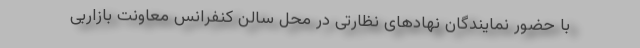
با حضور نمایندگان نهادهای نظارتی در محل سالن کنفرانس معاونت بازاربی